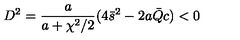
D ^ { 2 } = \frac { a } { a + \chi ^ { 2 } / 2 } ( 4 \bar { s } ^ { 2 } - 2 a \bar { Q } c ) < 0